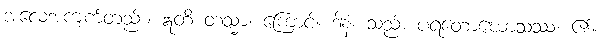
အလေ့အကျက်တည်း။ ဣတိ တသ္မာ၊ ကြောင့်။ ဒါနံ၊ သည်။ ပရတောဃောသဿ၊ ၏။